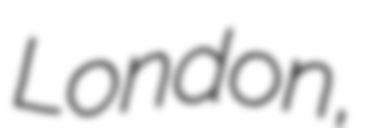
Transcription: London,